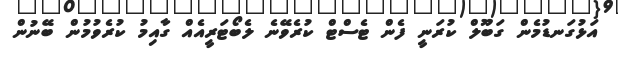
އަޅުގަނޑުމެން ގަބޫލް ކުރަނީ ފެން ޓެސްޓް ކުރެވޭނެ ލެބޯޓަރީއެއް ގާއިމު ކުރެވުމުން ބޭނުން